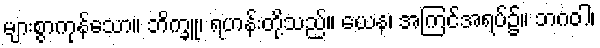
များစွာကုန်သော။ ဘိက္ခူ၊ ရဟန်းတို့သည်။ ယေန၊ အကြင်အရပ်၌။ ဘဂဝါ၊